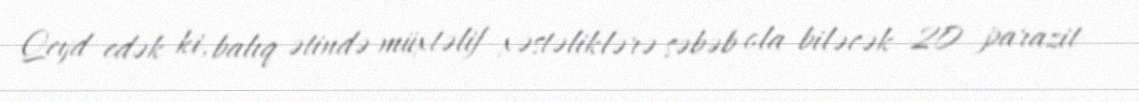
Qeyd edək ki, balıq ətində müxtəlif xəstəliklərə səbəb ola biləcək 20 parazit